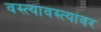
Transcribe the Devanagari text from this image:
वस्त्यावस्त्यांवर